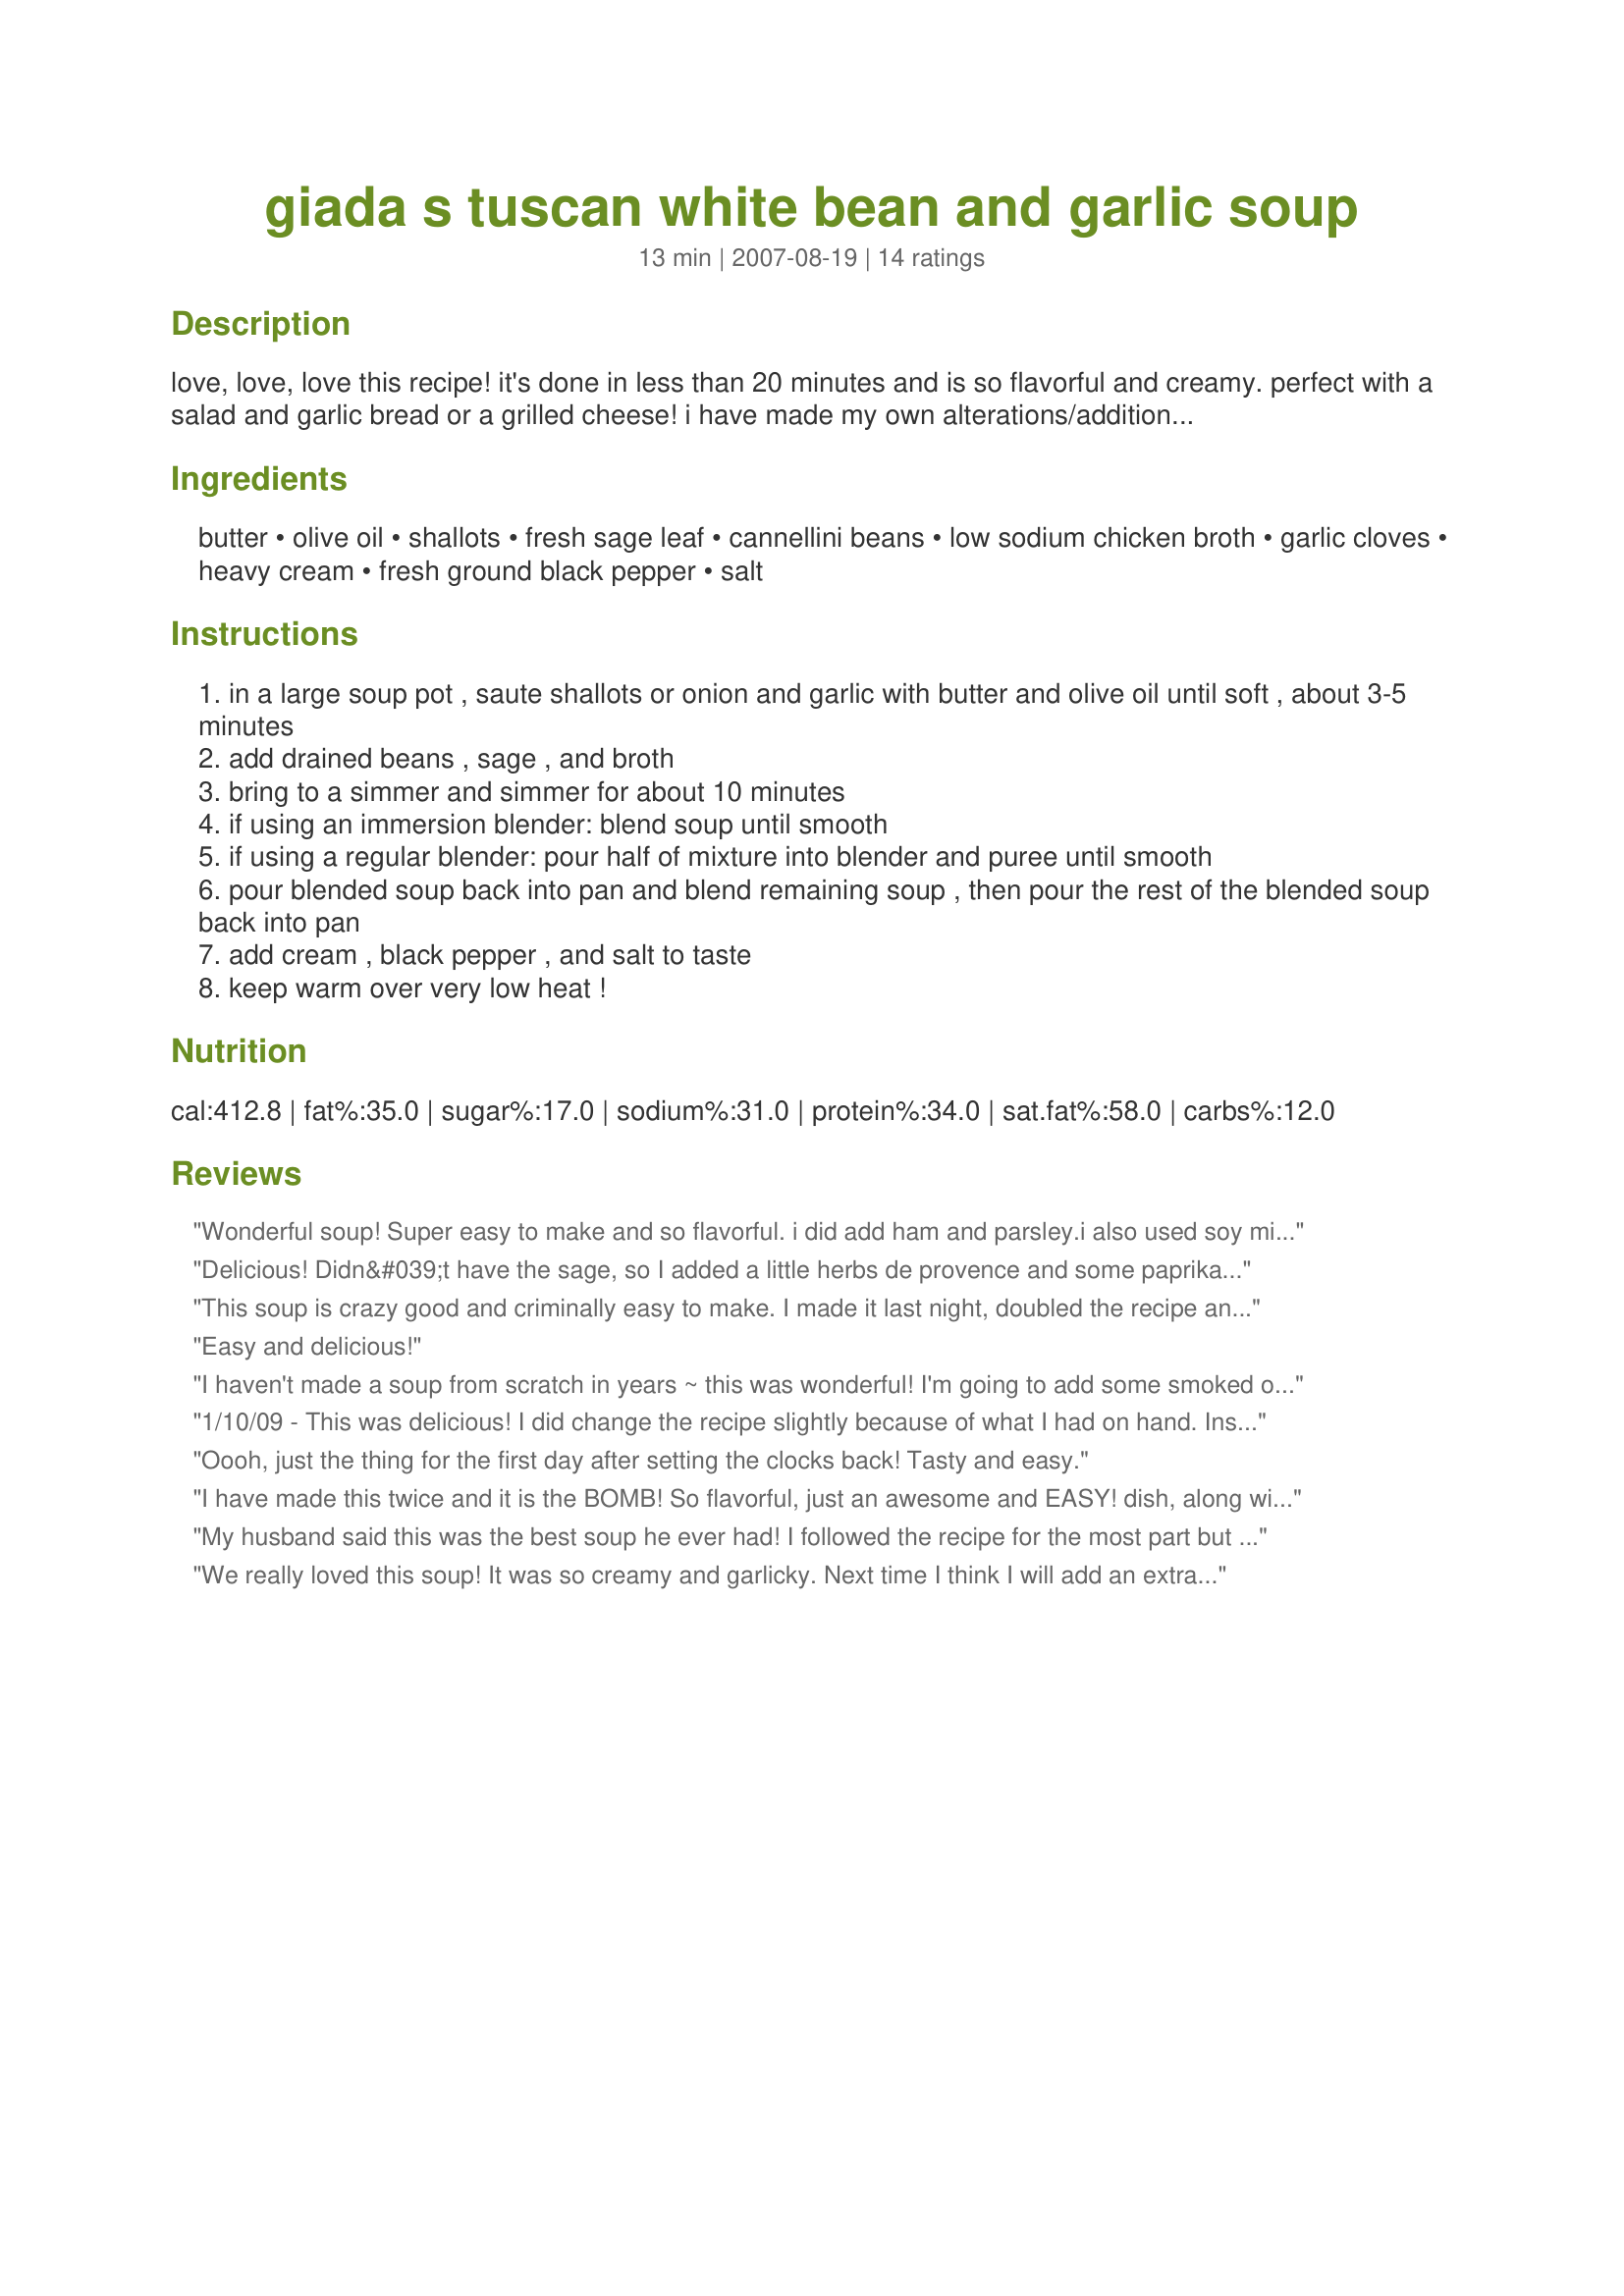
giada s tuscan white bean and garlic soup
Preparation time: 13 minutes

love, love, love this recipe! it's done in less than 20 minutes and is so flavorful and creamy. perfect with a salad and garlic bread or a grilled cheese! i have made my own alterations/additions to this recipe. here's a tip on the sage: sometimes i'll use dried sage instead of the fresh sage leaf and in that case i start with about a teaspoon and add more to taste if need be. also, i use my immersion blender and puree the soup right in the pot rather than using a regular blender...giada just uses a regular blender, either way works fine! enjoy!

Ingredients:
butter, olive oil, shallots, fresh sage leaf, cannellini beans, low sodium chicken broth, garlic cloves, heavy cream, fresh ground black pepper, salt

Steps:
in a large soup pot , saute shallots or onion and garlic with butter and olive oil until soft , about 3-5 minutes
add drained beans , sage , and broth
bring to a simmer and simmer for about 10 minutes
if using an immersion blender: blend soup until smooth
if using a regular blender: pour half of mixture into blender and puree until smooth
pour blended soup back into pan and blend remaining soup , then pour the rest of the blended soup back into pan
add cream , black pepper , and salt to taste
keep warm over very low heat !

Reviews:
Wonderful soup! Super easy to make and so flavorful. i did add ham and parsley.i also used soy milk instead of cream. So good! i can't wait to make this again when it feels more like fall. Thanks for the recipe KPD!
Delicious! Didn&#039;t have the sage, so I added a little herbs de provence and some paprika. Blended about 2/3 of the beans with some of the broth and threw some chopped kale into the pot for about 5-6 minutes before adding back the pureed beans and cream (used 1/2 &amp; 1/2). Reminded me of Olive Garden&#039;s Zuppa Toscana (which I love).
This soup is crazy good and criminally easy to make. I made it last night, doubled the recipe and there still wasn't a drop left. My daughter's boyfriend ate 5 bowls of it! Even my picky eater son ate three bowls. He asked if I could make him some more for breakfast! I mashed about half of the beans and left the rest whole. This is now one of our staples. I'll keep canneloni beans and chicken stock in my pantry from now on!!
Easy and delicious!
I haven't made a soup from scratch in years ~ this was wonderful! I'm going to add some smoked oysters for fun next time to compliment the toasted artisan bread and roasted garlic that I served it with. Bravo for a simple yet flavorful recipe!
1/10/09 - This was delicious! I did change the recipe slightly because of what I had on hand. Instead of shallots, I used yellow onion. I used about 1/2 teaspoon of poultry seasoning instead of the sage, and I did not puree the soup, as I like the texture of beans, but I mashed some up to thicken the soup a little. Bread is a must with this recipe to soak everything up. Delicious! Thank you!! 11/13/09 - Made this again, the same way as before, but this time I added a little crushed red pepper flakes to it. It was a nice touch!
Oooh, just the thing for the first day after setting the clocks back! Tasty and easy.
I have made this twice and it is the BOMB! So flavorful, just an awesome and EASY! dish, along with the baguette or french bread, great eating!
My husband said this was the best soup he ever had! I followed the recipe for the most part but replaced the two sage leaves with 1/2 teaspoon of rubbed sage. It was great!
We really loved this soup! It was so creamy and garlicky. Next time I think I will add an extra can of whole beans to the pureed soup for something a little heartier. Thanks kpd!
What a wonderful soup. Made half a recipe for the two of us and was so flavorful. DH kept commenting on it all night. Served with Jamie Oliver&#039;s quesadillas.
I have seen this Giada recipe around for awhile and wanted to try it. To me it was good but not wonderful. It's a good soup if your cutting meat out of your diet, but that isn't a concern for me.
5 stars for Giada. Very quick & easy and everyone raved about it. Because my boys are such meat eaters I added chopped ham in the bottom of each bowl, but bacon would be good too I think. Will be making this over & over as the weather gets colder.
This soup is awesome. I made the recipe without the cream because I am allergic to milk. It was wonderful without the cream. I may try it with coconut milk the next time.
